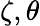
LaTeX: \zeta,\theta